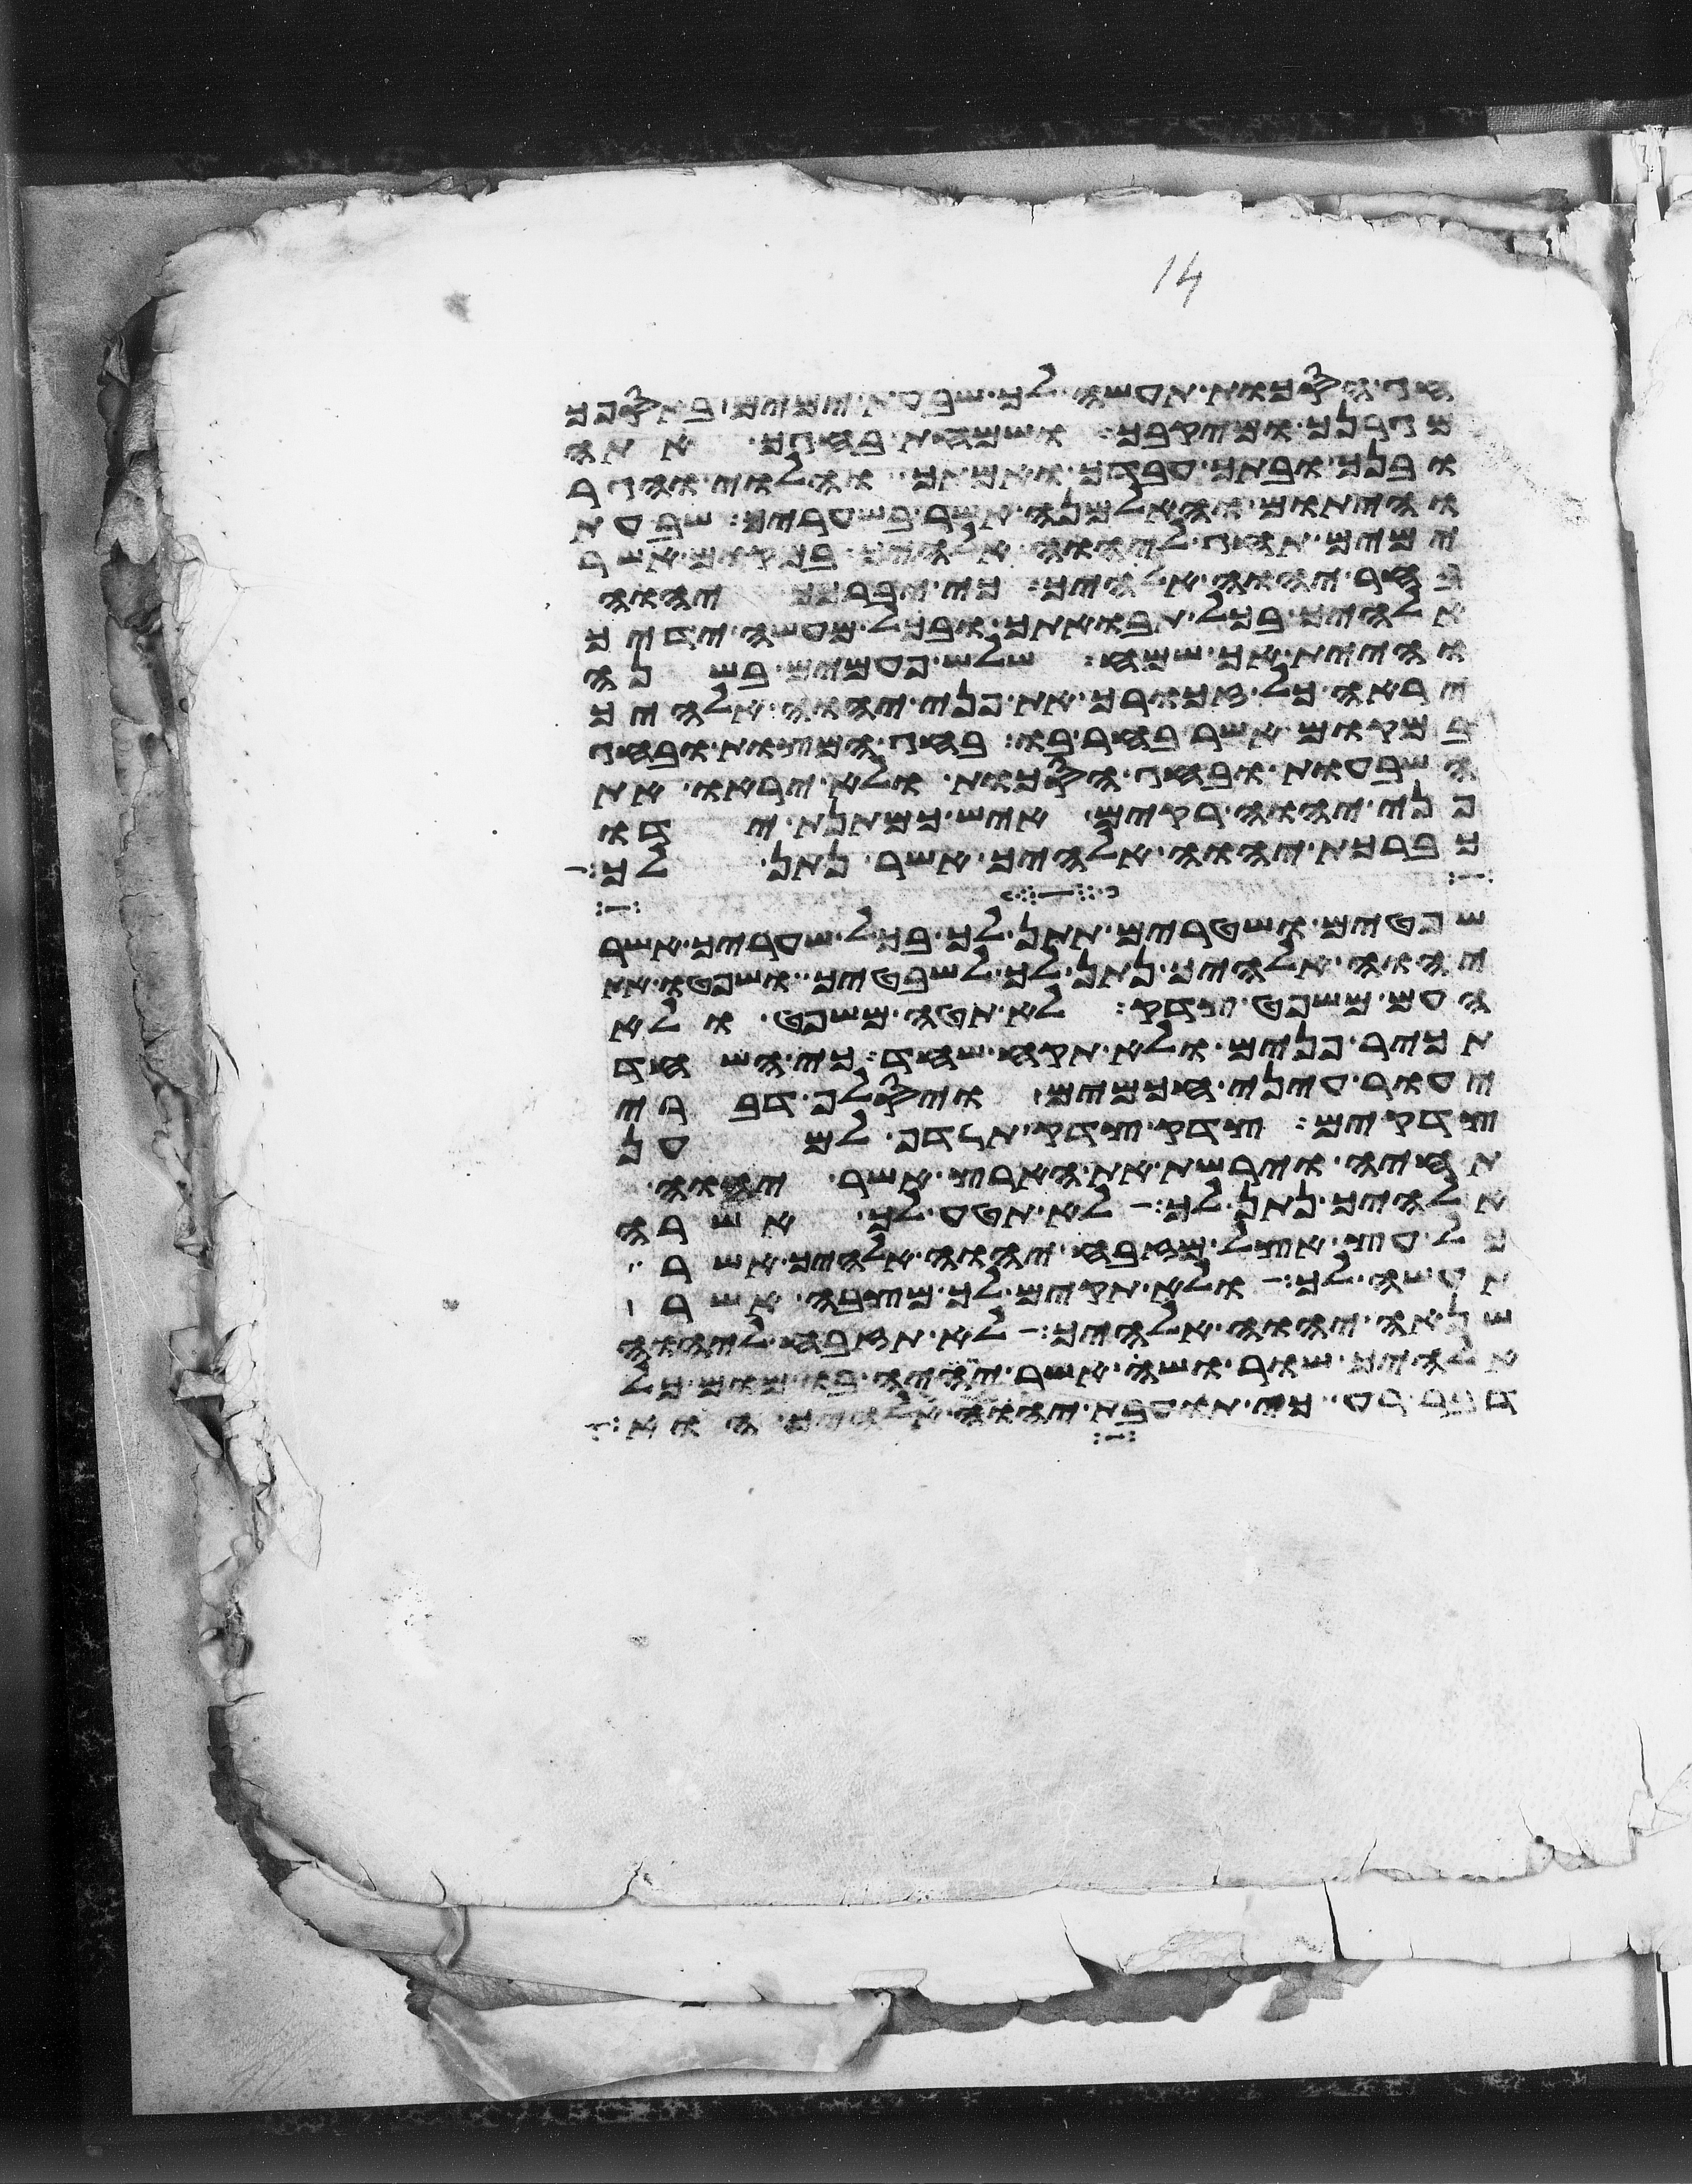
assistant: חג הסכות תעשה לך שבעת ימים באספך
מגרנך ומיקבך ושמחת בחגך אתה
ובנך ובתך עבדך ואמתך והלוי והגר
והיתום והאלמנה אשר בשעריך שבעת
ימים תחג ליהוה אלהיך במקום אשר
בחר יהוה אלהיך כי יברכך יהוה
אלהיך בכל תבואתך ובכל מעשה ידיך
והיית אך שמח שלש פעמים בשנה
יראה כל זכורך את פני יהוה אלהיך
במקום אשר בחר בו בחג המצות ובחג
השבעות ובחג הסכות ולא יראו את
פני יהוה רקים איש כמתנת ידו
כברכת יהוה אלהיך אשר נתן לך
שפטים ושטרים תתן לך בכל שעריך אשר
יהוה אלהיך נתן לך לשבטיך ושפטו את
העם משפט צדק לא תטה משפט ולא
תכיר פנים ולא תקח שחד כי השחד
יעור עיני חכמים ויסלף דברי
צדקים צדק צדק תרדף למען
תחיה וירשת את הארץ אשר יהוה
אלהיך נתן לך לא תטע לך אשרה
כל עץ אצל מזבח יהוה אלהיך אשר
תעשה לך ולא תקים לך מצבה אשר
שנאה יהוה אלהיך לא תזבח ליהוה
אלהיך שור ושה אשר יהיה בו מום כל
דבר רע כי תועבת יהוה אלהיך הוא